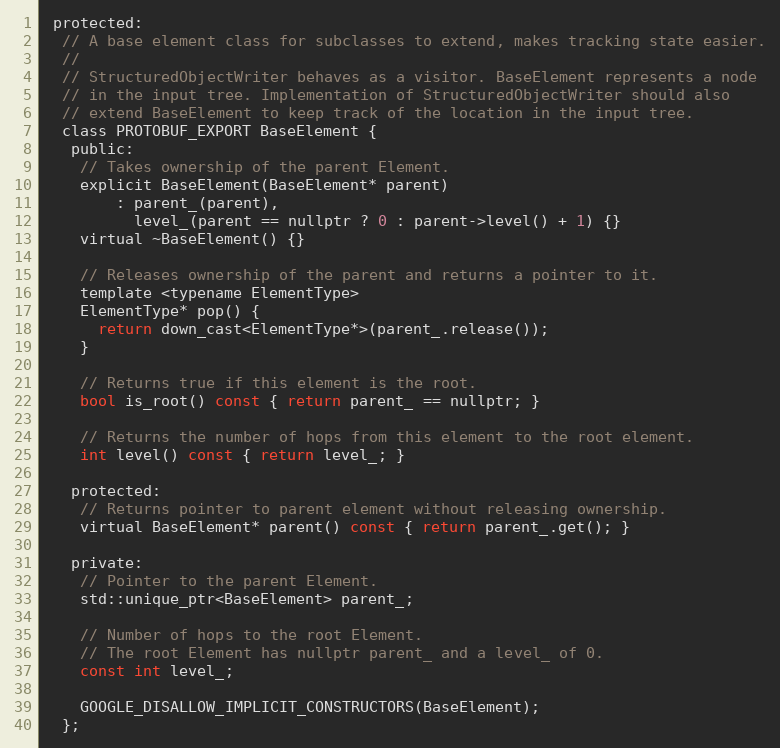
Language: C
 protected:
  // A base element class for subclasses to extend, makes tracking state easier.
  //
  // StructuredObjectWriter behaves as a visitor. BaseElement represents a node
  // in the input tree. Implementation of StructuredObjectWriter should also
  // extend BaseElement to keep track of the location in the input tree.
  class PROTOBUF_EXPORT BaseElement {
   public:
    // Takes ownership of the parent Element.
    explicit BaseElement(BaseElement* parent)
        : parent_(parent),
          level_(parent == nullptr ? 0 : parent->level() + 1) {}
    virtual ~BaseElement() {}

    // Releases ownership of the parent and returns a pointer to it.
    template <typename ElementType>
    ElementType* pop() {
      return down_cast<ElementType*>(parent_.release());
    }

    // Returns true if this element is the root.
    bool is_root() const { return parent_ == nullptr; }

    // Returns the number of hops from this element to the root element.
    int level() const { return level_; }

   protected:
    // Returns pointer to parent element without releasing ownership.
    virtual BaseElement* parent() const { return parent_.get(); }

   private:
    // Pointer to the parent Element.
    std::unique_ptr<BaseElement> parent_;

    // Number of hops to the root Element.
    // The root Element has nullptr parent_ and a level_ of 0.
    const int level_;

    GOOGLE_DISALLOW_IMPLICIT_CONSTRUCTORS(BaseElement);
  };